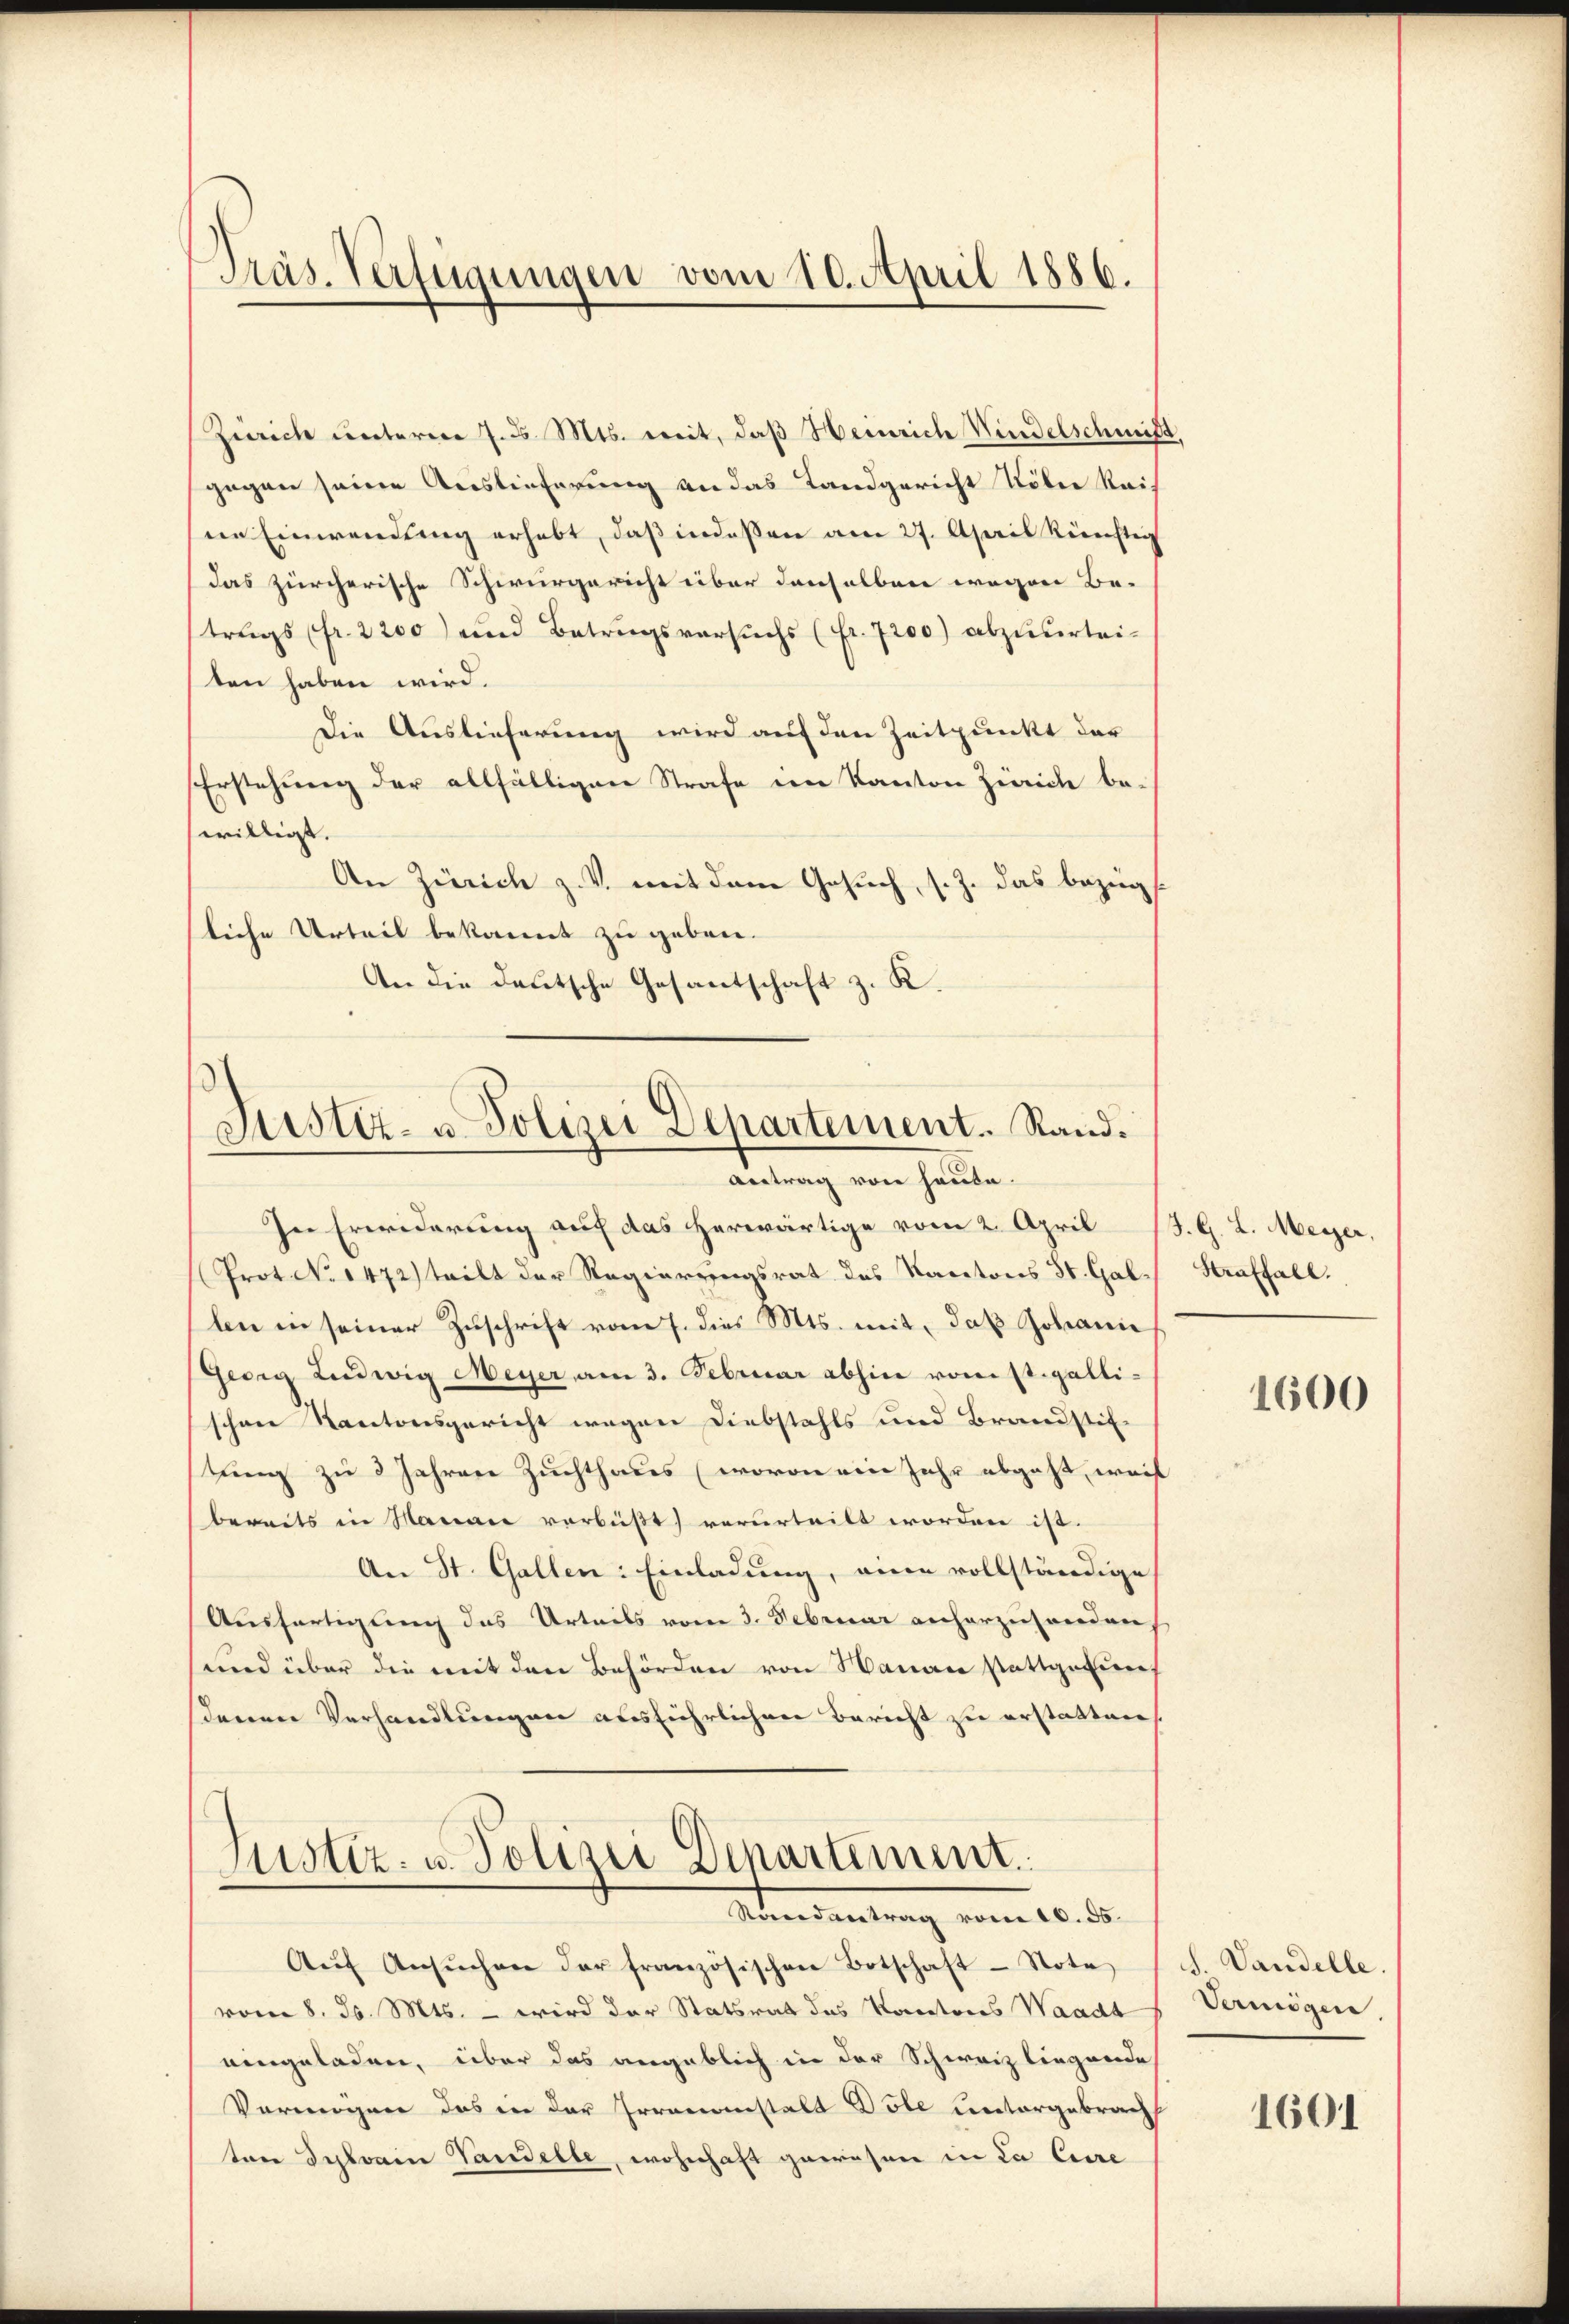
Präs. Verfügungen vom 20. April 1886.

Zürich unterere 7. d. Mts. weit, daβ Heinrich Kindelschmitt
gegen seine Auslieferung an das Landgericht Köber Reis
ne Einwendung erhebt, daß indessen am 27. April künftig
das zürcherische Schwurgericht über denselben wegen Be-
trugs (fr. 2200) und Betragsversuchs (fr. 7200) abzuurteiten haben wird.
Die Auslieferung wird auf den Zeitpunkt der
Erstehung der allfälligen Strafe im Kanton Zürich bewilligt.
An Zürich z. V. mit dem Gesuch, s. Z. das bezügliche Urteil bekannt zu geben.
An die deutsche Gesantschaft z. K.
d

Justiz- u. Polizei Departement. Rand.
Antrag von heute.
In Erwiderung auf das herwärtige vom 2. April (J. G. L. Meyer,

Prot. No 1472) teilt der Regierungsrat des Kantons St. Gallen in seiner Zuschrift vom 7. dies Mts. mit, daß Johanne
Georg Ludwig Meyer am 3. Februar abhin vom st. galli-
schen Kantonsgericht wegen Diebstahls und Brandstif-
tung zu 3 Jahren Zuchthaues (wovon ein Jahr abgeht, weil
bereits in Mauaie verbüßt) verurteilt worden ist.
An St. Gallen: Einladung, eine vollständige
Ausfertigung das Urteils vom 3. Februar anherzusenden
und über die mit den Behörden von Hanau stattgefundenen Verhandlungen ausführlichen Bericht zu erstatten.
Justiz- u. Polizei Departement.

Mandantung vom 10. ds.

Aŭf Ansŭchen der französischen Botschaft - Note
vom 8. d. Mts. – wird der Statsrat das Korectores Waadt
eingeladen, über das angeblich in der Schweiz liegende
Vermögen das in der Irrenanstalt Dole untergebracht
ton Selvain Vandelle, wohnhaft gewesen in da Cere

Straffall.

1600

S. Vandelle.
Vermögen

1601